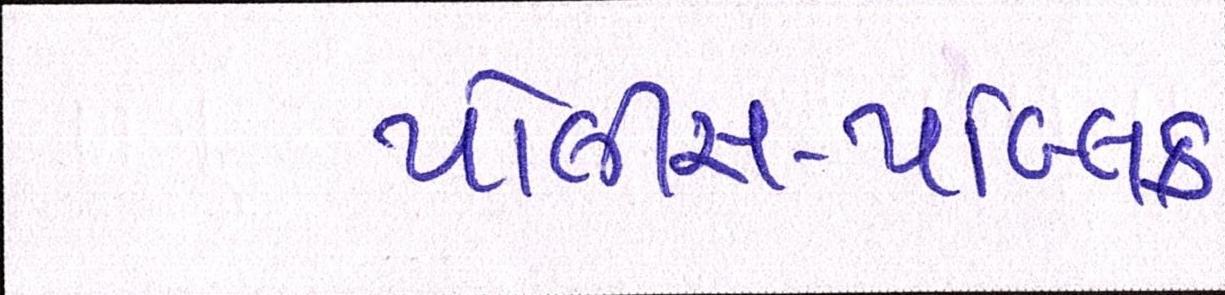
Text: પોલીસ-પબ્લિક